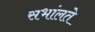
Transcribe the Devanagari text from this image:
सभांलते